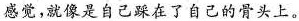
感觉，就像是自己在了自己的骨头上。